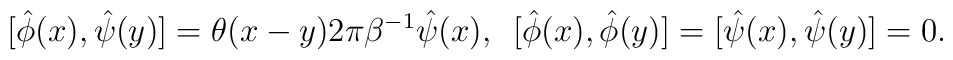
[\hat{\phi}(x) , \hat{\psi}(y)] = \theta (x-y) 2\pi \beta^{-1} \hat{\psi}(x) , \enspace [\hat{\phi}(x) , \hat{\phi}(y)] = [\hat{\psi}(x) , \hat{\psi}(y)] = 0 .